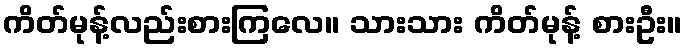
ကိတ်မုန့်လည်းစားကြလေ။ သားသား ကိတ်မုန့် စားဦး။